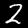
Label: 2